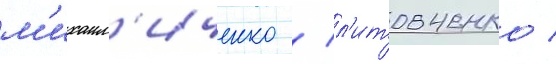
м'ихаил'иченко / л'итовченко /